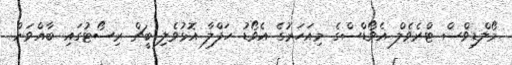
މޯލްޑިވްސް ޓްރެވެލް އެވޯޑްސްގެ މިއަހަރުގެ އެވޯޑު ހަފްލާ އޮޅުވެލި ބީޗް ރިސޯޓުގައި ބާއްވަން